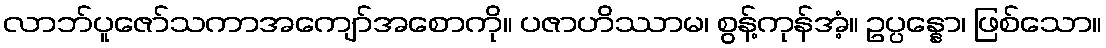
လာဘ်ပူဇော်သကာအကျော်အစောကို။ ပဇာဟိဿာမ၊ စွန့်ကုန်အံ့။ ဥပ္ပန္နော၊ ဖြစ်သော။